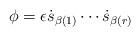
LaTeX: \begin{align*}\phi=\epsilon\dot{s}_{\beta(1)}\cdots\dot{s}_{\beta(r)}\end{align*}